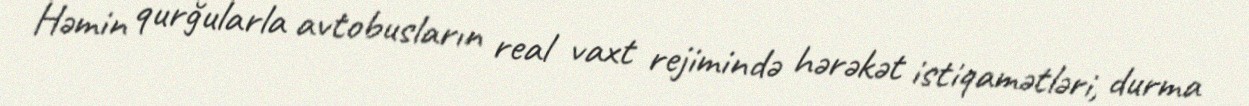
Həmin qurğularla avtobusların real vaxt rejimində hərəkət istiqamətləri, durma